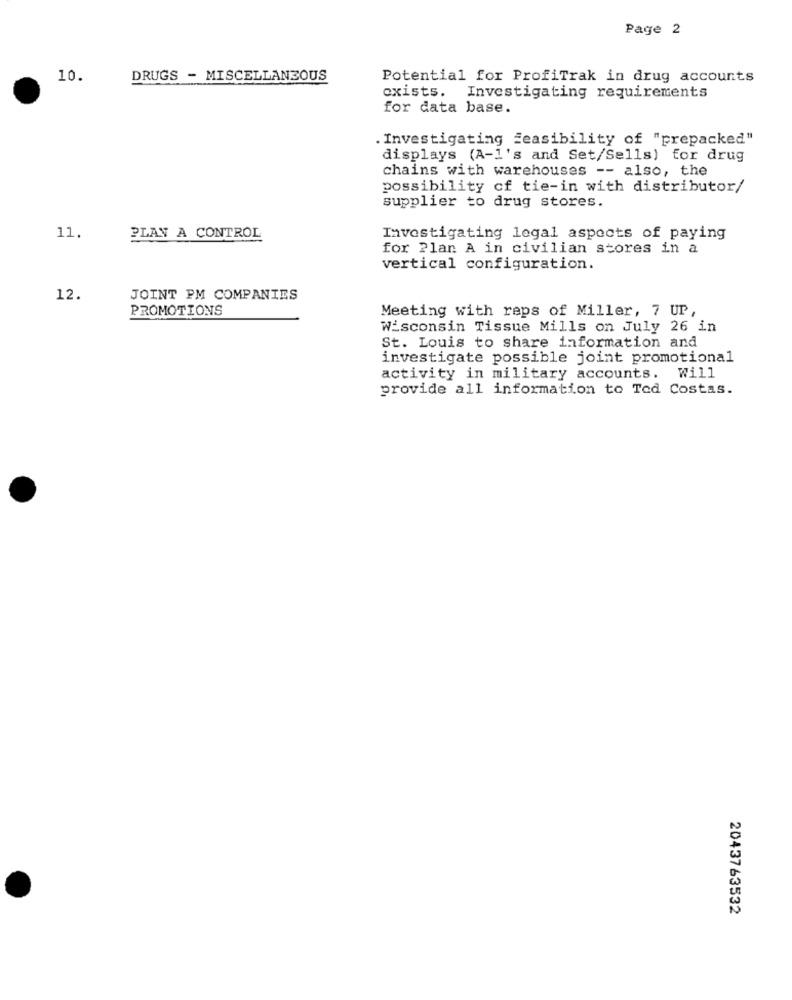
Page 2
10.
DRUGS - MISCELLANEOUS
Potential for ProfiTrak in drug accounts
exists. Investigating requirements
for data base.
. Investigating feasibility of "prepacked"
displays (A-1's and Set/Sells) for drug
chains with warehouses -- also, the
possibility cf tie-in with distributor/
supplier to drug stores.
11.
PLAN A CONTROL
Investigating legal aspects of paying
for Plan A in civilian stores in a
vertical configuration.
12.
JOINT PM COMPANIES
PROMOTIONS
Meeting with reps of Miller, 7 UP,
Wisconsin Tissue Mills on July 26 in
St. Louis to share information and
investigate possible joint promotional
activity in military accounts. Will
provide all information to Ted Costas.
2043763532